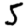
Digit: 5